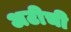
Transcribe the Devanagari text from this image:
अटीची